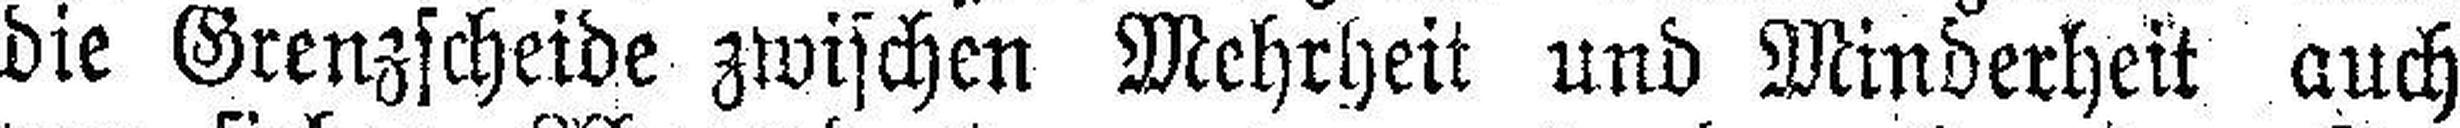
die Grenzscheide zwischen Mehrheit und Minderheit auch